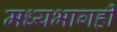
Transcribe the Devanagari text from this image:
मध्यभागही